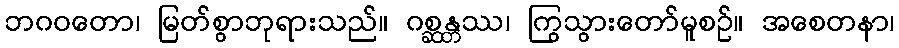
ဘဂဝတော၊ မြတ်စွာဘုရားသည်။ ဂစ္ဆန္တဿ၊ ကြွသွားတော်မူစဉ်။ အစေတနာ၊